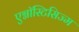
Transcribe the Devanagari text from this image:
एग्नॉस्टिसिज्म